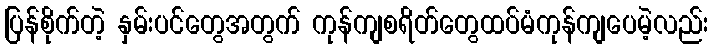
ပြန်စိုက်တဲ့ နှမ်းပင်တွေအတွက် ကုန်ကျစရိတ်တွေထပ်မံကုန်ကျပေမဲ့လည်း